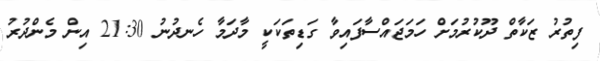
ފިތުރު ޒަކާތް ދޫކުރުމަށް ހަމަޖައްސާފައިވާ ގަޑިތަކަކީ މާދަމާ ހެނދުނު 21:30 އިން މެންދުރު